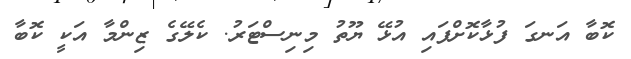
ކޮބާ އަނގަ ފުޅާކޮށްފައި އުޅޭ ޔޫތު މިނިސްޓަރު. ކެލޭގެ ޒިންމާ އަކީ ކޮބާ